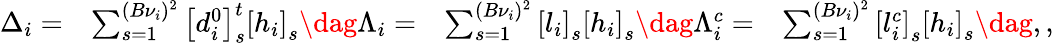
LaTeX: \begin{array}{rlrl}{\Delta_{i}=}&{\sum_{s=1}^{(B{\nu}_{i})^{2}}\left[d_{i}^{0}\right]_{s}^{t}\left[h_{i}\right]_{s}\dag\Lambda_{i}=}&{\sum_{s=1}^{(B{\nu}_{i})^{2}}\left[l_{i}\right]_{s}\left[h_{i}\right]_{s}\dag\Lambda_{i}^{c}=}&{\sum_{s=1}^{(B{\nu}_{i})^{2}}\left[l_{i}^{c}\right]_{s}\left[h_{i}\right]_{s}\dag,,}\end{array}